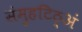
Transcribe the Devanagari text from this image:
संमुहटिठ्‌अं